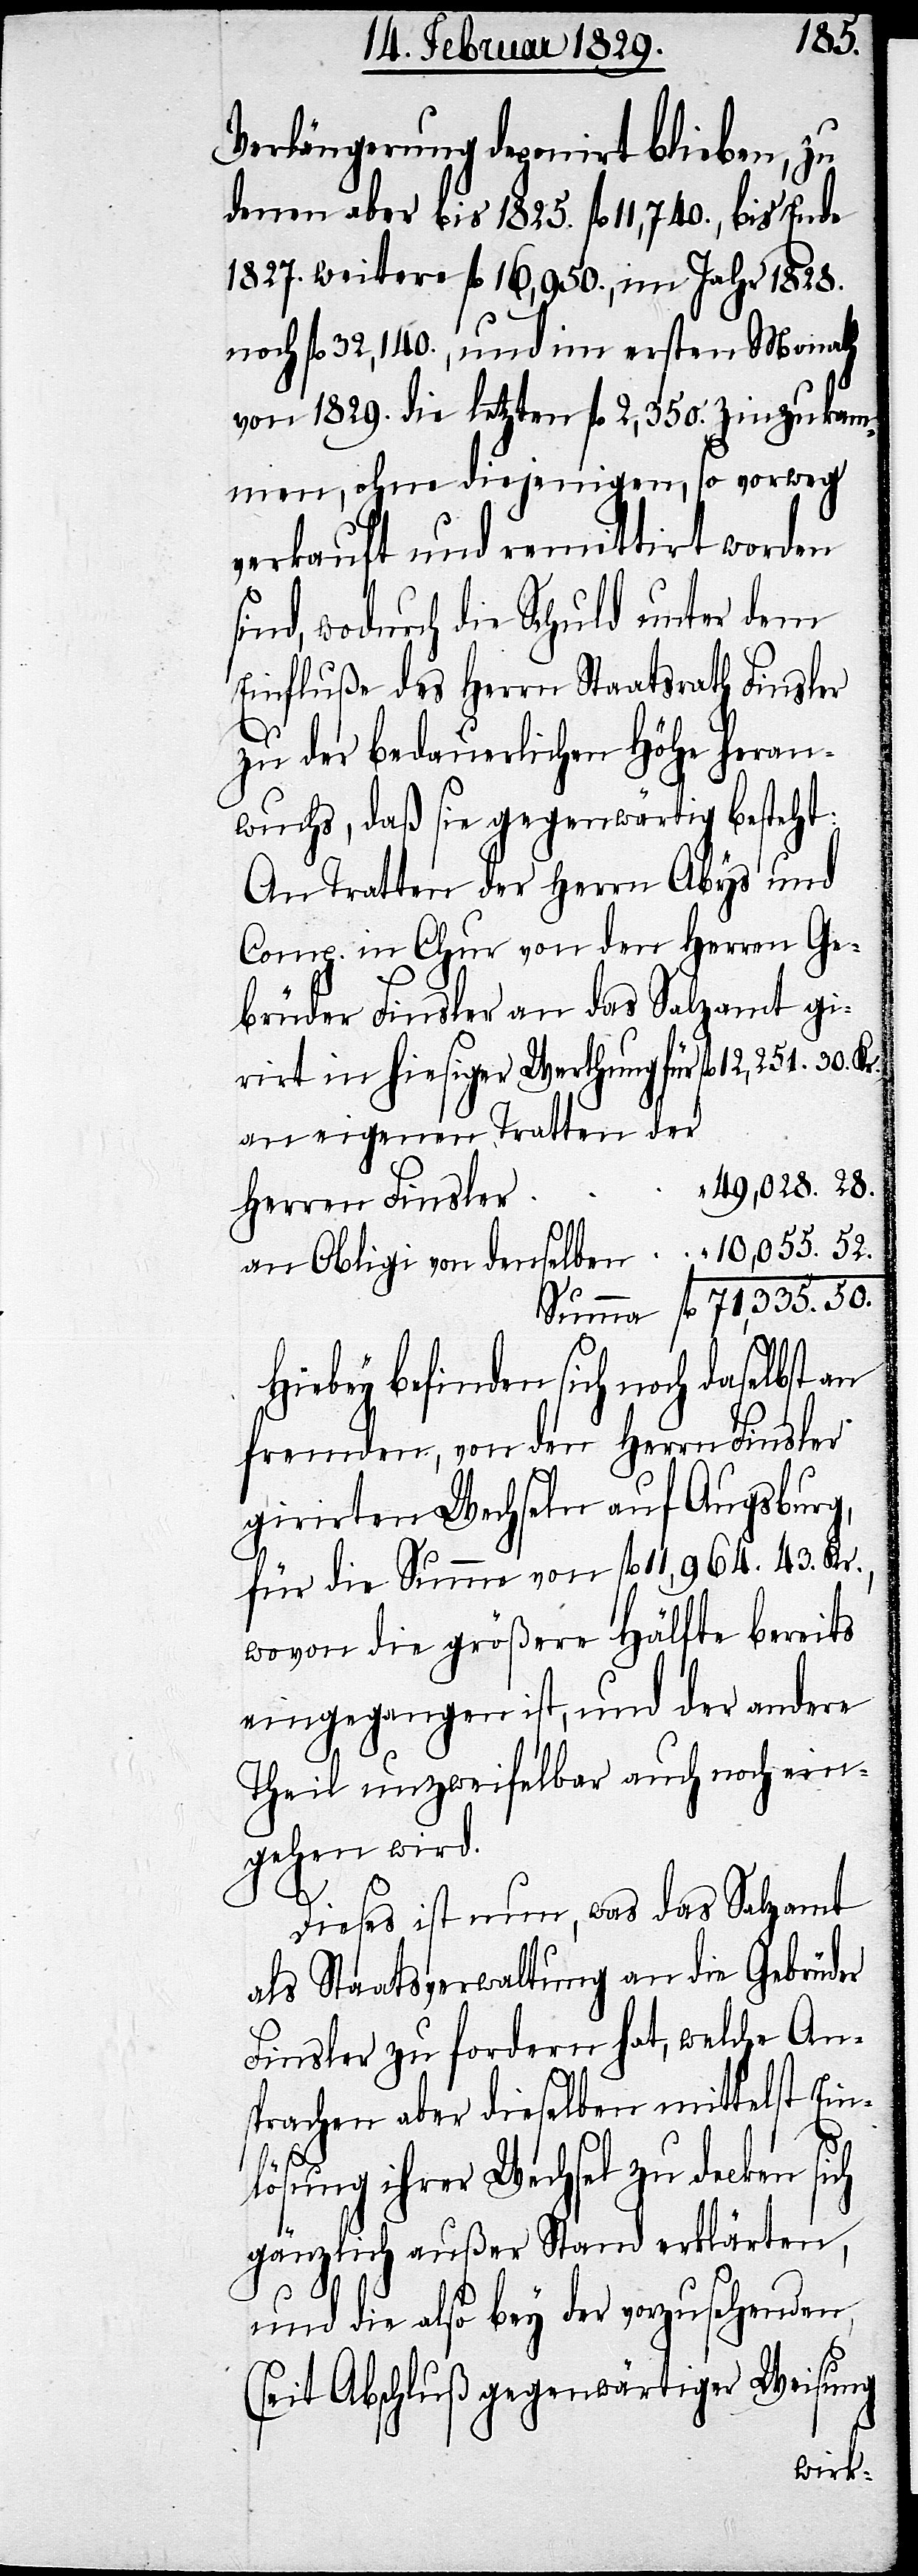
Verlängerung deponirt blieben, zu
denen aber bis 1825. fl. 11,740., bis Ende
1827. weiter fl. 16,950., im Jahr 1828.
noch fl. 32,140., und im ersten Monath
von 1829. die letzten fl. 2,350. hinzuka¬
men, ohne diejenigen, so vorweg
verkauft und remittirt worden
sind, wodurch die Schuld unter dem
Einfluße des Herrn Staatsrath Finsler
zu der bedauerlichen Höhe heran¬
wuchs, daß sei gegenwärtig besteht.
An Tratten der Herrn Abys und
Comp. in Chur von den Herren Ge¬
brüdern Finsler an das Salzamt gi¬
in hiesiger Werthung für fl. 12,251. 30.
an eigenen Tratten der
49,028. 28.
(s¬
Herren Finsler
an Obligi von denselben . . . . .
Summa fl. 71,335. 50.
Hiebey befinden sich noch daselbst
fremden, von den Herrn Finsler
girirten Wechseln auf Augsburg,
für die Summe von fl. 11,964. 43. Kr.,
wovon die größere Hälfte bereits
eingegangen ist, und der andere
Theil unzweifelbar auch noch ein¬
gehen wird.
Dieses ist nun, was das Salzamt
als Staatsverwaltung an die Gebrüder
Finsler zu fordern hat, welche An¬
sprachen aber dieselben mittelst Ein¬
lösung ihrer Wechsel zu decken sich
gänzlich außer Stand erklärten,
und die also bey der vorzusehenden
eit Abschluß gegenwärtiger Weisung
rirt